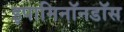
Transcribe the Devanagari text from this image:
इपामिनॉनडॉस